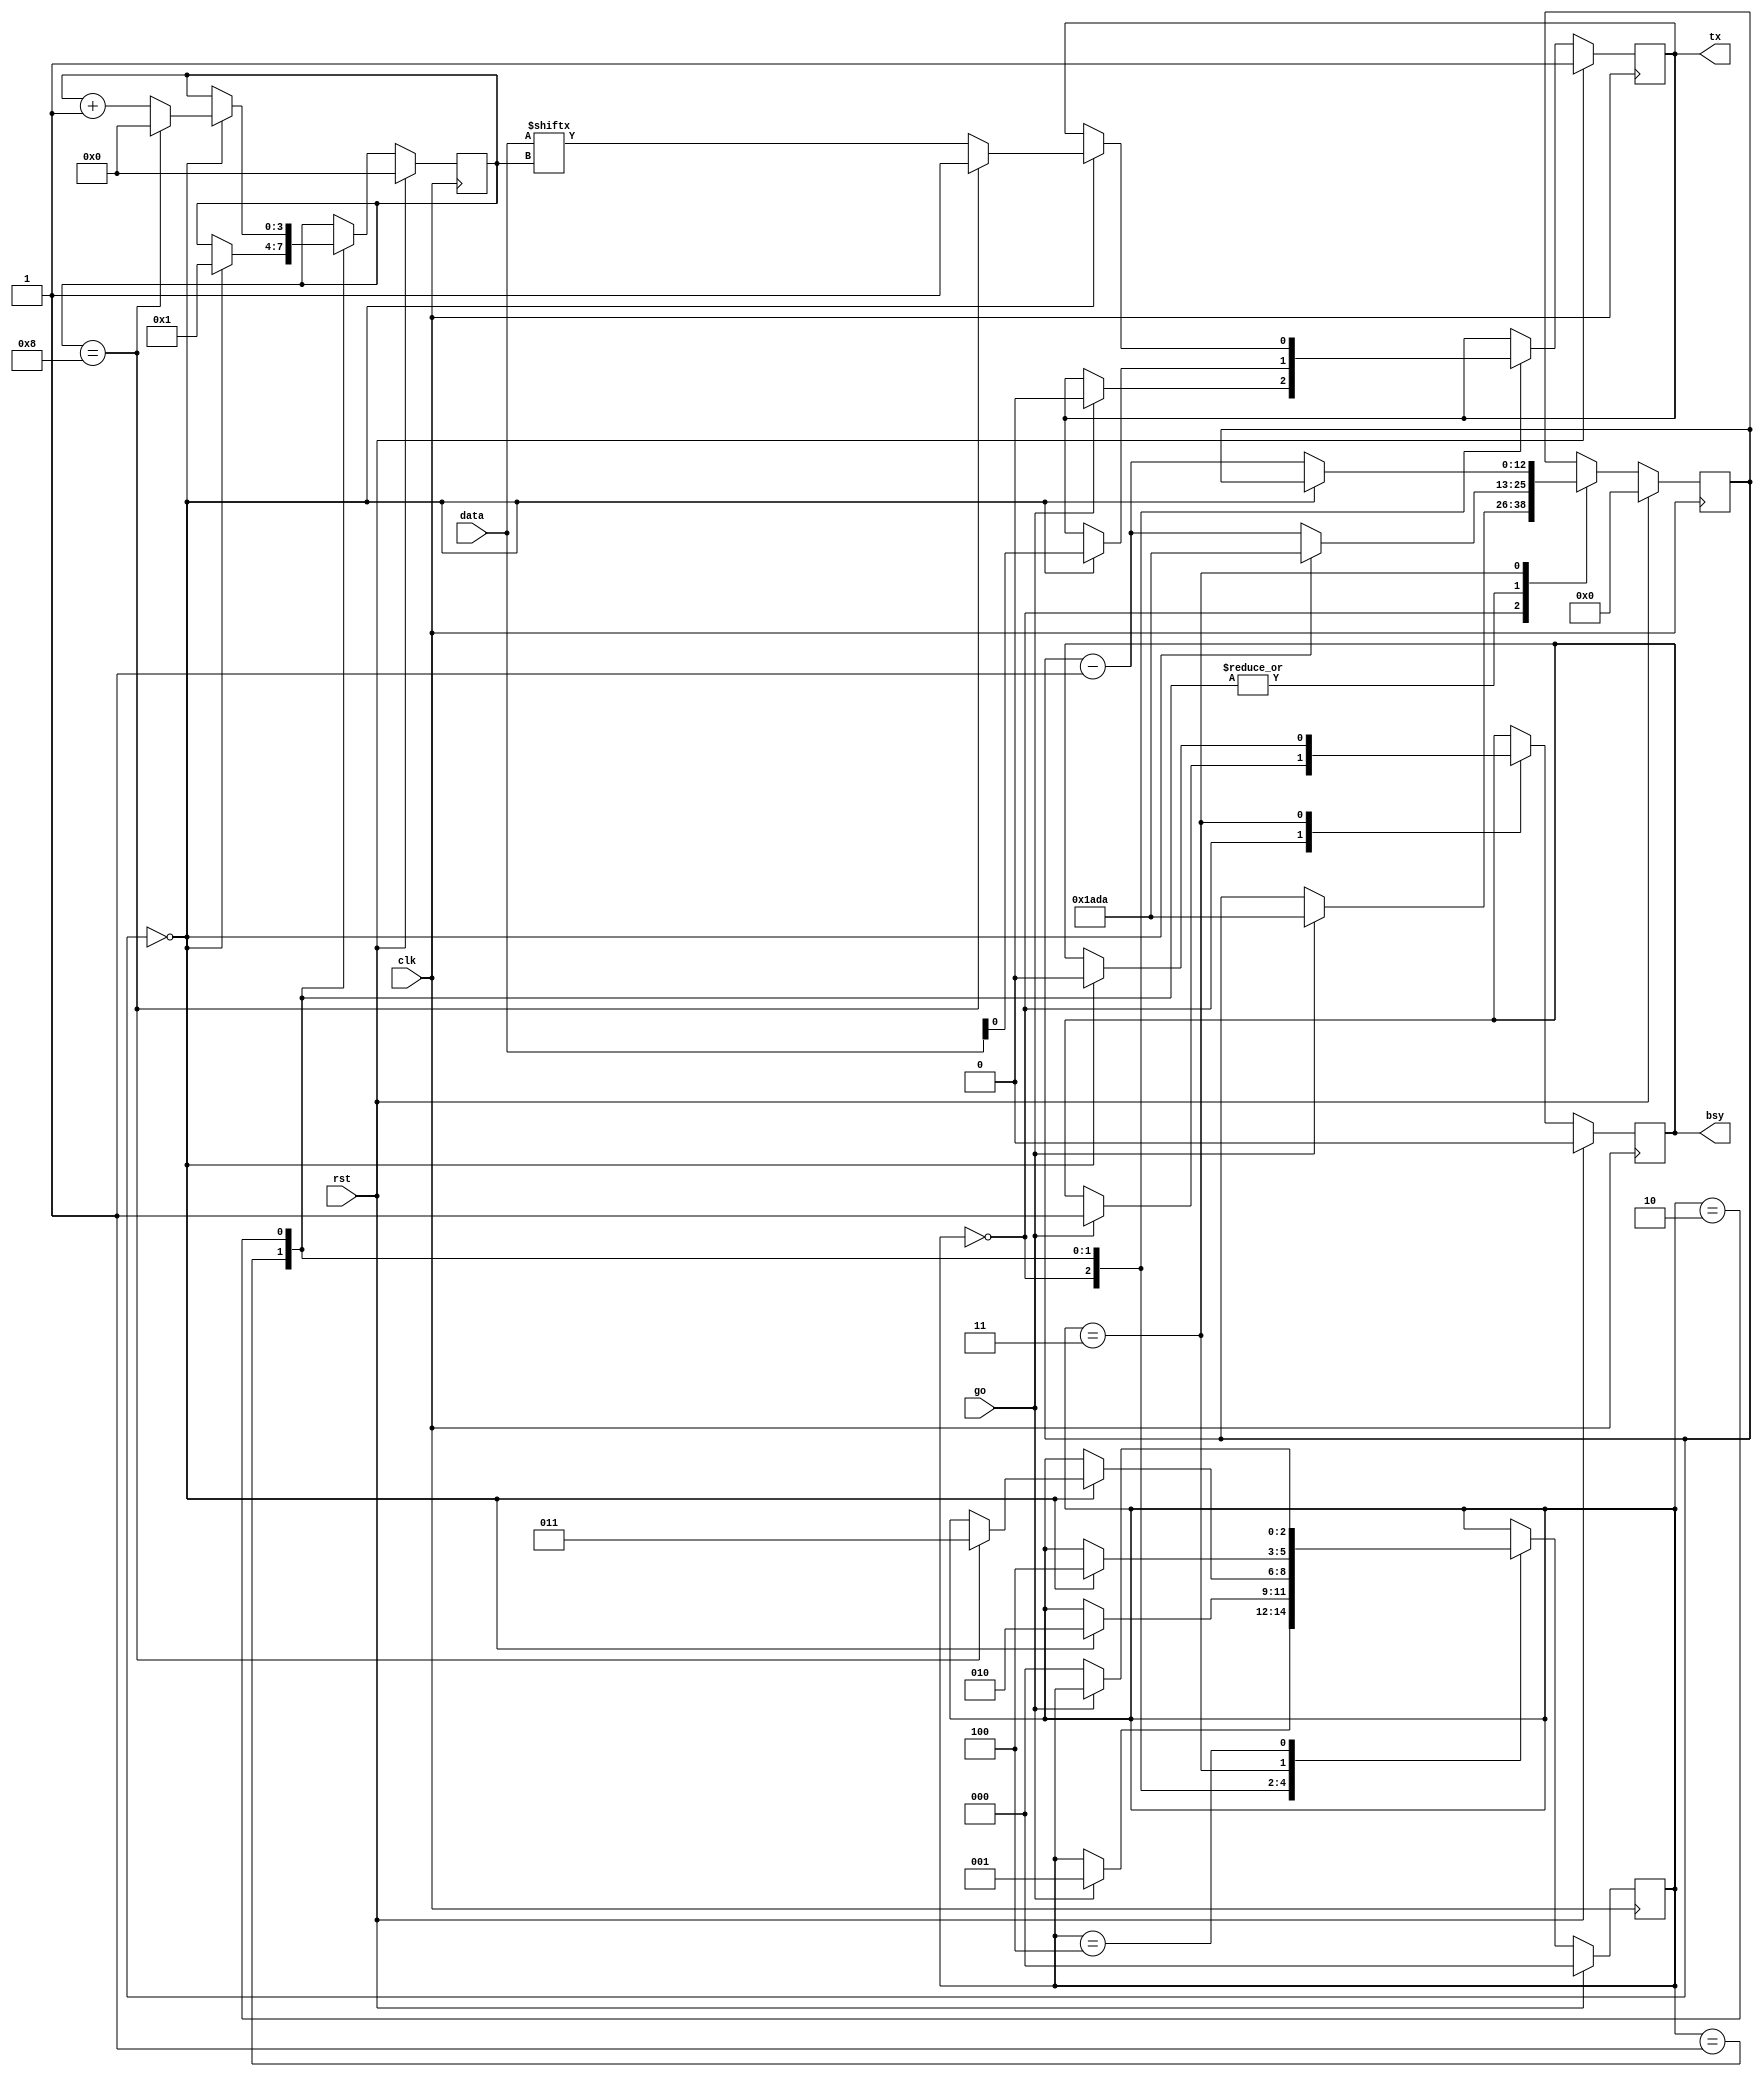
`default_nettype none
//`define DBG

module UartTx #(
    parameter CLK_FREQ  = 66_000_000,
    parameter BAUD_RATE = 9600
) (
    input wire rst,
    input wire clk,
    input wire [7:0] data,  // data to send
    input wire go,  // enable to start transmission, disable after 'data' has been read
    output reg tx,  // uart tx wire
    output reg bsy  // enabled while sendng
);

  localparam BIT_TIME = CLK_FREQ / BAUD_RATE;

  localparam STATE_IDLE = 0;
  localparam STATE_START_BIT = 1;
  localparam STATE_DATA_BITS = 2;
  localparam STATE_STOP_BIT = 3;
  localparam STATE_WAIT_GO_LOW = 4;

  reg [$clog2(5)-1:0] state;
  reg [$clog2(9)-1:0] bit_count;
  reg [(BIT_TIME == 1 ? 1 : $clog2(BIT_TIME))-1:0] bit_time_counter;

  always @(negedge clk) begin
    if (rst) begin
      state <= STATE_IDLE;
      bit_count <= 0;
      bit_time_counter <= 0;
      tx <= 1;
      bsy <= 0;
    end else begin
      case (state)
        STATE_IDLE: begin
          if (go) begin
            bsy <= 1;
            bit_time_counter <= BIT_TIME - 1; // -1 because first 'tick' of 'start bit' is being sent in this state
            tx <= 0;  // start sending 'start bit'
            state <= STATE_START_BIT;
          end
        end
        STATE_START_BIT: begin
          if (bit_time_counter == 0) begin
            bit_time_counter <= BIT_TIME - 1; // -1 because first 'tick' of the first bit is being sent in this state
            tx <= data[0];  // start sending first bit of data
            bit_count <= 1;  // first bit is being sent during this cycle
            state <= STATE_DATA_BITS;
          end else begin
            bit_time_counter <= bit_time_counter - 1;
          end
        end
        STATE_DATA_BITS: begin
          if (bit_time_counter == 0) begin
            tx <= data[bit_count];
            bit_time_counter <= BIT_TIME - 1; // -1 because first 'tick' of next bit is sent in this state
            bit_count <= bit_count + 1;
            if (bit_count == 8) begin
              bit_count <= 0;
              tx <= 1;  // start sending stop bit
              state <= STATE_STOP_BIT;
            end
          end else begin
            bit_time_counter <= bit_time_counter - 1;
          end
        end
        STATE_STOP_BIT: begin
          if (bit_time_counter == 0) begin
            bsy   <= 0;
            state <= STATE_WAIT_GO_LOW;
          end else begin
            bit_time_counter <= bit_time_counter - 1;
          end
        end
        STATE_WAIT_GO_LOW: begin
          if (!go) begin  // wait for acknowledge that 'data' has been sent
            state <= STATE_IDLE;
          end
        end
      endcase
    end
  end

endmodule

`undef DBG
`default_nettype wire